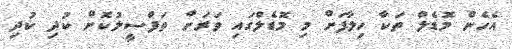
އެހެން މޮޑެލް ތަކާ ހިލާފަށް މި މޮޑެލްގައި ވަރަށް ތަފްސީލުކޮށް ކުދި ކުދި